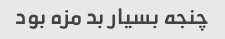
چنجه بسیار بد مزه بود